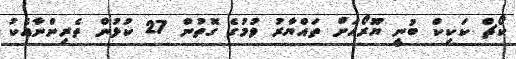
ކޯޗް ކަކިކް ބުނީ ޔޫރޯއަށް ތައްޔާރު ވުމުގެ ގޮތުން 27 ކުޅުން ތެރިންނާއެކު